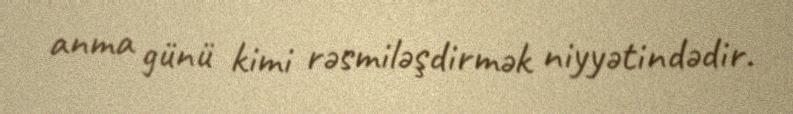
anma günü kimi rəsmiləşdirmək niyyətindədir.